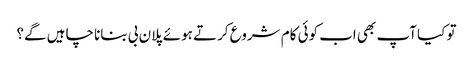
تو کیا آپ بھی اب کوئی کام شروع کرتے ہوئے پلان بی بنانا چاہیں گے؟